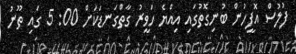
ފުލުސް އޮފީހުން ބުނިގޮތުގައި އިއްޔެ ހަވީރު ގާތްގަނޑަކަށް 00: 5 ގައި ތޫނު